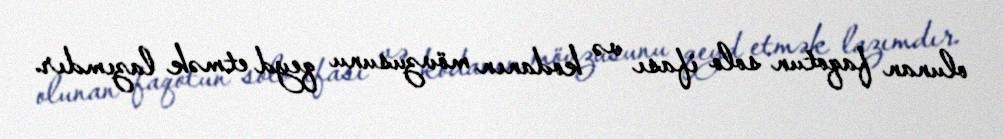
olunan faqotun solo ifası və kodanın mövzusunu qeyd etmək lazımdır.